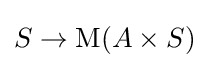
S\rightarrow \mathrm {M} (A\times S)